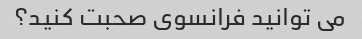
می توانید فرانسوی صحبت کنید؟